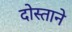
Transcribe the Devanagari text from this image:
दोस्ताने